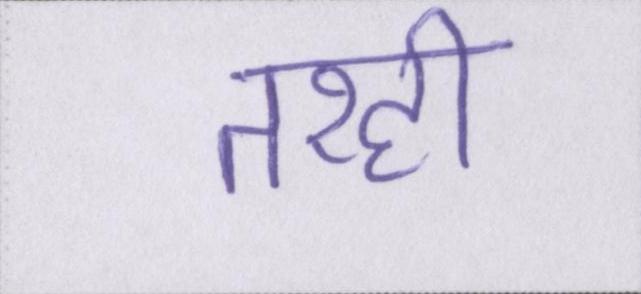
तरही